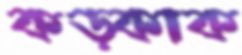
কড়্‌কাক